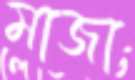
মাজা